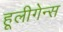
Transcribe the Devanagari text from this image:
हूलीगेन्स